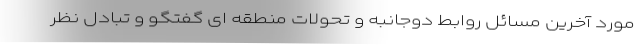
مورد آخرین مسائل روابط دوجانبه و تحولات منطقه ای گفتگو و تبادل نظر